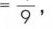
\(=\frac{}{9},\)